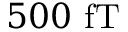
5 0 0 ~ \mathrm { f T }